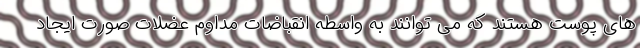
های پوست هستند که می توانند به واسطه انقباضات مداوم عضلات صورت ایجاد